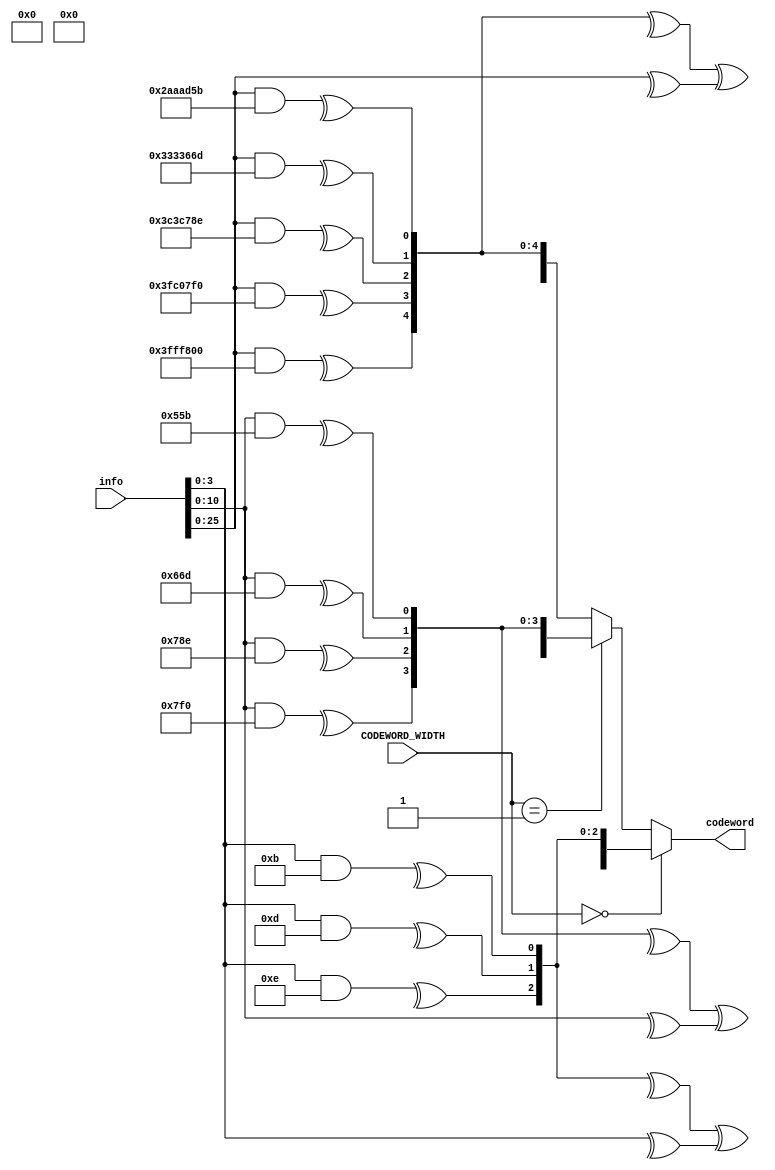
//
// Created:
//          by - OR DAHAN & YOSSI BODEK
//
// time scaling for simulations
//
//this block recives an unecoded word and encode it with parity bits of the correct size
`resetall
`timescale 1ns/10ps
module Encoder 
#(
parameter DATA_WIDTH = 32,  // Maximal data width supported (8,16,32)
parameter AMBA_WORD=32
)

(
input  wire [DATA_WIDTH - 1 :0] info,   // data to be encoded the data size 
input  wire [AMBA_WORD-1:0] CODEWORD_WIDTH, 
//input wire ENC_ENB,
output reg [DATA_WIDTH - 1:0] codeword 
);
//parity bit size (4, 5, 6)
wire [3:0] pairity_1; 
wire [4:0] pairity_2;
wire [5:0] pairity_3; 
  

// matrix for each codeword_width

// matrix for information size 4 bit
parameter  [3:0]H1_1 = 4'b1110 ;  // C6 pairity bit
parameter  [3:0]H1_2 = 4'b1101 ; // C7 pairity bit
parameter  [3:0]H1_3 = 4'b1011 ; // C8 parity bit 
//matrix for information size 11 bit
parameter  [10:0]H2_1 = 11'b11111110000 ; //C12 pairity bit
parameter  [10:0]H2_2 = 11'b11110001110 ; // C13 pairity bit
parameter  [10:0]H2_3 = 11'b11001101101 ; // C14 pairity bit
parameter  [10:0]H2_4 = 11'b10101011011 ; // C15 pairity bit
//matrix for information size 26 bits
parameter  [25:0]H3_1 = 26'b11111111111111100000000000 ; //C27 pairity bit
parameter  [25:0]H3_2 = 26'b11111111000000011111110000 ; //C28 pairity bit
parameter  [25:0]H3_3 = 26'b11110000111100011110001110 ; //C29 pairity bit
parameter  [25:0]H3_4 = 26'b11001100110011011001101101 ; //C30 pairity bit
parameter  [25:0]H3_5 = 26'b10101010101010110101011011 ; //C31 pairity bit

//  creating the pairity bits for each information
// xor is + amd - in our logic so if we xor all the bits its the same as + and - 
generate 
        assign pairity_1[0] = ^(info[3:0] & H1_3); // creating c8
        assign pairity_1[1] = ^(info[3:0] & H1_2);// creating c7
        assign pairity_1[2] = ^(info[3:0] & H1_1);// creating c6
        assign pairity_1[3] = (^pairity_1[2:0]) ^ (^info[3:0]); //C5 pairity bi  
    if (DATA_WIDTH == 16 || DATA_WIDTH == 32)  // info size 11 bit
    begin
        assign pairity_2[0] = ^(info[10:0] & H2_4); //creating c15
        assign pairity_2[1] = ^(info[10:0] & H2_3); //creating c14
        assign pairity_2[2] = ^(info[10:0] & H2_2); // creating c13
        assign pairity_2[3] = ^(info[10:0] & H2_1); // creating c12
        assign pairity_2[4] = (^pairity_2[3:0]) ^ (^info[10:0]); //C11 pairity bit
    end  
     if (DATA_WIDTH == 32)  //info size 26bit
    begin
        assign pairity_3[0] = ^(info[25:0] & H3_5); // creating c31
        assign pairity_3[1] = ^(info[25:0] & H3_4); // creating c30
        assign pairity_3[2] = ^(info[25:0] & H3_3); // creating c29
        assign pairity_3[3] = ^(info[25:0] & H3_2); // creating c28
        assign pairity_3[4] = ^(info[25:0] & H3_1); // creating c27
        assign pairity_3[5]  = (^pairity_3[4:0]) ^ (^info[25:0]); //C26 pairity bit
    end
endgenerate
  
  
always @(*) begin: output_select
        //  padding the output to the general output
      if (DATA_WIDTH == 8) //no padding needed
         codeword = {info[3:0],pairity_1};      
      else if (DATA_WIDTH == 16)
      begin 
        if (CODEWORD_WIDTH == 'd0) 
           codeword = {8'b0 ,info[3:0],pairity_1};  //padding with 0 till 16 bits
        else
           codeword = {info[10:0],pairity_2};  
      end    
      else if (DATA_WIDTH == 32) 
      begin    //padding with 0 till 32 bits
      if (CODEWORD_WIDTH == 'd0) 
         codeword = {24'b0 ,info[3:0],pairity_1};
      else if (CODEWORD_WIDTH == 'd1) 
         codeword = {16'b0 ,info[10:0],pairity_2};
      else
         codeword = {info[25:0],pairity_3};  
      end
end

endmodule